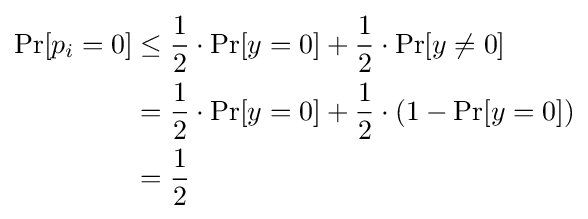
{\begin{aligned}\Pr[p_{i}=0]&\leq {\frac {1}{2}}\cdot \Pr[y=0]+{\frac {1}{2}}\cdot \Pr[y\neq 0]\\&={\frac {1}{2}}\cdot \Pr[y=0]+{\frac {1}{2}}\cdot (1-\Pr[y=0])\\&={\frac {1}{2}}\end{aligned}}